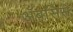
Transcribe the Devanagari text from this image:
अॅबसिस